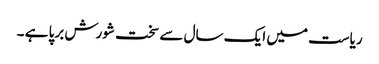
ریاست میں ایک سال سے سخت شورش برپا ہے ۔